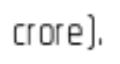
crore).